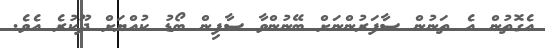
އެގޮތުން އެ ތަނުން ސާފަރުންނަށް ބޭނުންވާ ސާފިން ބޯޑު ކުއްޔަށް ދޫކުރެ އެވެ.